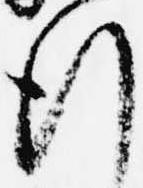
行